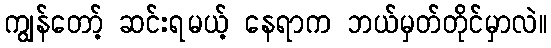
ကျွန်တော့် ဆင်းရမယ့် နေရာက ဘယ်မှတ်တိုင်မှာလဲ။